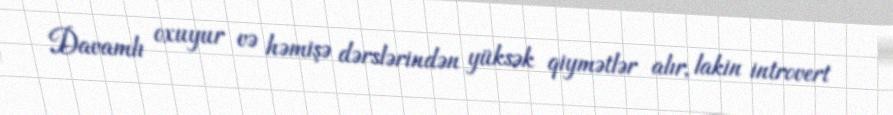
Davamlı oxuyur və həmişə dərslərindən yüksək qiymətlər alır, lakin introvert